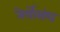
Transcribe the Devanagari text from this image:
नेर्योसंघ